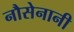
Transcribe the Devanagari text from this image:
नौसेनानी